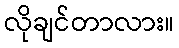
လိုချင်တာလား။